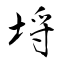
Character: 埒